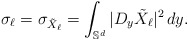
\begin{align*}\sigma_\ell = \sigma_{\tilde X_\ell} =\int_{\mathbb S^d} |D_y \tilde X_\ell |^2\,dy.\end{align*}